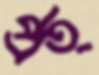
প্রত্